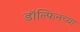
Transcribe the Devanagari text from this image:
डॉल्फिनच्या